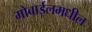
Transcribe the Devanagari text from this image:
मोबाईलमधील